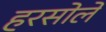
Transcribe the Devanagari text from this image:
हरसोले